Annual statistical returns and brief notes on vaccination in Bengal - 1887-1898
Year: 1887
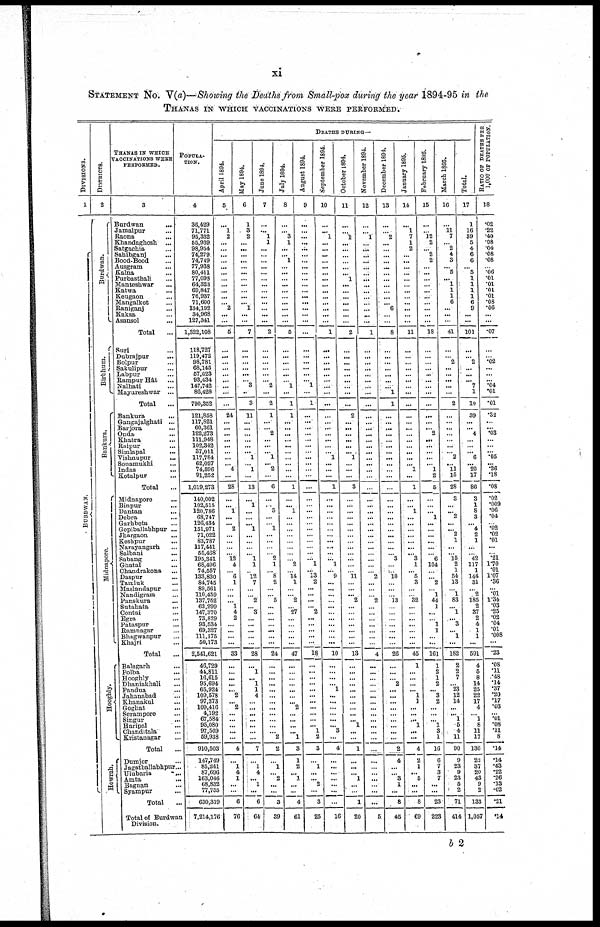
xi
STATEMENT NO. V(a)—Showing the Deaths from Small-pox during the year 1894-95 in the
THANAS IN WHICH VACCINATIONS WERE PERFORMED.
DIVISIONS.
1
BURDWAN.
DISTRICTS.
2
Burdwan.
Birbhum.
Bankura.
Midnapore.
Hooghly.
Howrab.
THANAS IN WHICH
VACCINATIONS WERE
PERFORMED.
3
Burdwan
...
Jamalpur ...
Raona ...
Khandaghosh
...
Satgachia ...
Sahibganj ...
Bood-Bood ...
Ausgram ...
Kalna ...
Purbasthali ...
Manteshwar
...
Katwa ...
Keugaon ...
Mangalkot ...
Raniganj ...
Kaksa ...
Asansol ...
Total
Suri ...
Dubrajpur ...
Bolpur ...
Sakulipur ...
Labpur ...
Rampur Hât ...
Nalhati ...
Mayureshwar ...
Total ...
Bankura ...
Gangajalghati ...
Barjora ...
Onda ...
Khatra ...
Raipur ...
Simlapal ...
Vishnupur
...
Sonamukhi ...
Indas ...
Kotalpur ...
Total ...
Midnapore ...
Binpur ...
Dantan ...
Debra ...
Garhbeta ...
Gopiballabhpur ...
Jhargaon ...
Keshpur
...
Narayangarh ...
Salbani
...
Sabang ...
Ghatal ...
Chandrakona ...
Daspur ...
Tamluk ...
Maslandapur ...
Nandigram ...
Panskura ...
Sutahata ...
Contai ...
Egra ...
Pataspur ...
Ramnagar ...
Bhagwanpur ...
Khajri ...
Total ...
Balagarh ...
Polba ...
Hooghly ...
Dhaniakhali ...
Pandua ...
Jahanabad ...
Khanakul ...
Goghat ...
Serampore ...
Singur ...
Haripal ...
Chanditala ...
Kristanagar ...
Total ...
Dumjor ...
Jagatballabhpur...
Ulubaria
...
Amta
...
Bagnan ...
Syampur ...
Total ...
Total of Burdwan
Division.
POPULA-
TION.
4
36,429
71,771
95,332
55,939
98,954
74,279
74,749
77,938
80,411
77,098
64,323
69,847
76,937
71,600
134,192
34,968
127,341
1,322,108
118,727
119,472
98,781
68,145
57,623
93,434
147,742
86,428
790,352
121,858
117,821
60,361
122,273
111,948
102,342
37,011
117,784
62,027
74,596
91,252
1,019,273
140,002
102,515
120,786
68,747
126,434
151,971
71,022
83,787
117,441
55,468
195,341
68,496
74,557
133,830
84,745
89,561
110,459
137,752
63,299
147,370
73,829
93,534
69,327
111,175
50,173
2,541,621
46,729
44,811
16,615
95,694
65,924
109,578
97,373
109,416
4,192
67,584
95,080
97,569
59,938
910,503
147,749
85,241
87,696
163,046
68,832
77,755
630,319
7,214,176
DEATHS DURING—
April 1894.
5
...
1
2
...
...
...
...
...
...
...
...
...
...
... 2
...
...
5
...
...
...
...
...
...
...
...
...
24
...
...
...
...
...
...
...
... 4
...
28
...
... 1
...
... 2
...
...
...
... 12
4
... 6
1
...
...
... 1
4
2
...
...
...
...
33
...
...
...
...
... 2
... 2
...
...
...
...
...
4
...
1
4
1
...
...
6
76
May 1894.
6
1
3
2
...
...
...
...
...
...
...
...
...
...
... 1
...
...
7
...
...
...
...
...
... 3
..
3
11
...
...
...
...
...
... 1
... 1
...
13
...
1
...
...
... 1
...
...
...
... 1
1
... 12
7
...
... 2
... 3
...
...
...
...
...
28
...
1
... 1
1
4
... ...
...
...
...
...
...
7
...
1
4
... 1
...
6
64
June 1894.
7
...
... 1
1
...
...
...
...
...
...
...
...
...
...
...
...
...
2
...
...
...
...
...
... 2
...
2
1
...
... 2
...
...
... 1
... 2
...
6
...
... 5
...
... 1
...
...
...
... 2
1
... 8
2
...
... 5
...
...
...
...
...
...
...
24
...
...
...
...
...
...
...
...
...
...
...
... 2
2
...
1
... 2
...
...
3
39
July 1894.
8
...
... 3
1
...
... 1
...
...
...
...
...
...
...
...
...
...
5
...
...
...
...
...
... 1
...
1
1
...
...
...
...
...
...
...
...
... ...
1
...
... 1
...
...
...
...
...
...
...
... 2
... 14
1
...
... 2
... 27
...
...
...
...
...
47
...
...
...
...
...
...
... 2
...
...
...
... 1
3
1
2
... 1
...
...
4
61
August 1894.
9
...
...
...
...
...
...
...
...
...
...
...
...
...
...
...
...
...
...
...
...
...
...
...
... 1
1
...
...
...
...
...
...
...
...
...
... ...
...
...
...
...
...
...
...
...
...
...
...
... 1
13
2
...
...
...
... 2
...
...
...
...
...
18
...
...
...
...
...
...
...
...
...
...
... 1
2
3
...
1
...
... 2
...
3
25
September 1894.
10
...
... 1
...
...
...
...
...
...
...
...
...
...
...
...
...
...
1
...
...
...
...
...
...
...
...
...
...
...
...
...
...
...
... 1
...
... ...
1
...
...
...
...
...
...
...
...
...
...
... 1
... 9
...
...
...
...
...
...
...
...
...
...
...
10
...
...
...
... 1
...
...
...
...
...
... 3
...
4
...
...
...
...
...
...
...
16
October 1894.
11
...
... 1
...
...
...
...
...
... 1
...
...
...
...
...
...
...
2
...
...
...
...
...
...
...
...
...
2
...
...
...
...
...
... 1
...
... ...
3
...
...
...
...
...
...
...
...
...
...
...
...
... 11
...
...
... 2
...
...
...
...
...
...
...
13
...
...
...
...
...
...
...
...
...
... 1
...
...
1
...
...
... 1
...
...
1
20
November 1894.
12
...
... 1
...
...
...
...
...
...
...
...
...
...
...
...
...
...
1
...
...
...
...
...
...
...
...
...
...
...
...
...
...
...
...
...
... ...
...
...
...
...
...
...
...
...
...
...
...
...
...
... 2
...
...
... 2
...
...
...
...
...
...
...
4
...
...
...
...
...
...
...
...
...
...
...
...
...
...
...
...
... ...
...
...
...
5
December 1894.
13
...
... 2
...
...
...
...
...
...
...
...
...
...
... 6
...
...
8
...
...
...
...
...
...
... 1
1
...
...
...
...
...
...
...
...
...
... ...
...
...
...
...
...
...
...
...
...
...
... 3
...
... 10
...
...
... 13
...
...
...
...
...
...
...
26
...
...
... 2
...
...
...
...
...
...
...
...
...
2
4
...
... 3
1
...
8
45
January 1895.
14
...
1
7
1
2
...
...
...
...
...
...
...
...
...
...
...
...
11
...
...
...
...
...
...
...
...
...
...
...
...
...
...
...
...
...
... 1
...
1
...
... 1
...
...
...
...
...
...
... 3
1
... 5
3
...
... 32
...
...
...
...
...
...
...
45
1
...
...
...
... 1
1
...
...
... 1
...
...
4
2
1
... 5
...
...
8
69
February 1895.
15
...
... 12
2
... 2
2
...
...
...
...
...
...
...
...
...
...
18
...
...
...
...
...
...
...
...
...
...
...
... 2
...
...
...
...
... 1
2
5
...
...
... 1
...
...
...
...
...
... 6
104
...
... 2
... 1
44
1
...
... 1
1
...
...
161
1
2
1
2
... 3
2
...
...
... 1
3
1
16
6
7
3
7
...
...
23
223
March 1895.
16
...
11
7
... 2
4
3
... 5
... 1
1
1
6
...
...
...
41
...
... 2
...
...
...
...
...
2
...
...
...
...
...
...
... 2
... 11
15
28
3
...
... 2
...
... 2
1
...
... 15
2
1
54
13
... 1
83
... 1
... 3
... 1
...
182
2
... 7
... 23
12
14
...
...
1
5
4
11
90
9
23
9
23
5
2
71
414
Total.
17
1
16
39
5
4
6
6
... 5
1
1
1
1
6
9
...
...
101
...
... 2
...
...
... 7
1
10
39
...
... 4
...
...
... 6
... 20
17
86
3
1
8
3
... 4
2
1
...
... 42
117
1
144
31
... 2
185
2
87
2
4
1
1
...
591
4
5
8
14
25
22
17
4
... 1
8
11
17
136
22
37
20
43
9
2
133
1,057
RATIO OF DEATHS PER
1,000 OF POPULATION.
18
.02
.22
.40
.08
.04
.08
.08
... .06
.01
.01
.01
.01
.08
.06
...
...
.07
...
... .02
...
...
... .04
.01
.01
.32
...
... .03
...
...
... .05
... .26
.18
.08
.02
.009
.06
.04
.02
.02
.01
...
.21
1.70
.01
1.07
.36
... .01
1.34
.03
.25
.02
.04
.01
.008
...
.23
.08
.11
.48
.14
.37
.20
.17
.03
... .01
.08
.11
8
.14
.14
.48
.22
.26
.13
.02
.21
.14
b 2